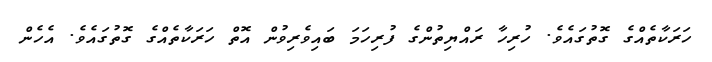
ހަރަކާތެއްގެ ގޮތުގައެވެ. ހުރިހާ ރައްޔިތުންގެ ފުރިހަމަ ބައިވެރިވުން އޮތް ހަރަކާތެއްގެ ގޮތުގައެވެ. އެހެން